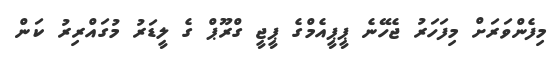
މިފެންވަރަށް މިފަހަރު ޖެހޭނެ ޕީޕީއެމްގެ ޕީޖީ ގްރޫޕް ގެ ލީޑަރު މުގައްރިރު ކަން